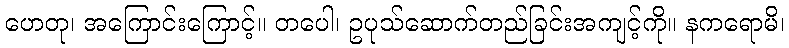
ဟေတု၊ အကြောင်းကြောင့်။ တပေါ၊ ဥပုသ်ဆောက်တည်ခြင်းအကျင့်ကို။ နကရောမိ၊